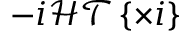
- i \mathcal { H T } \left\{ \times i \right\}